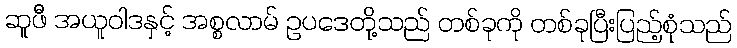
ဆူဖီ အယူဝါဒနှင့် အစ္စလာမ် ဥပဒေတို့သည် တစ်ခုကို တစ်ခုပြီးပြည့်စုံသည်